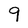
Character: 9